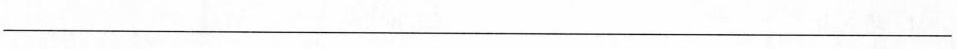
___